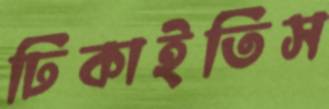
ঢিকাইতিস